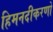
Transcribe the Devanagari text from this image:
हिमनदीकरणों